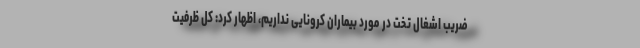
ضریب اشغال تخت در مورد بیماران کرونایی نداریم، اظهار کرد: کل ظرفیت